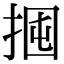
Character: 𢬼